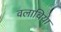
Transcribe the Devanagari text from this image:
वलाचिया